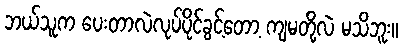
ဘယ်သူက ပေးတာလဲလုပ်ပိုင်ခွင့်တော့ ကျမတို့လဲ မသိဘူး။